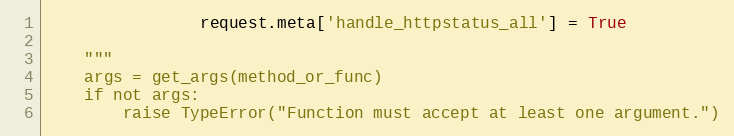
Language: Python
                request.meta['handle_httpstatus_all'] = True

    """
    args = get_args(method_or_func)
    if not args:
        raise TypeError("Function must accept at least one argument.")